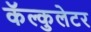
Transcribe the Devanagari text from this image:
कॅल्कुलेटर